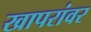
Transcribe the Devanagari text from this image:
खापरांवर